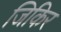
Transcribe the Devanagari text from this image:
जिकिर